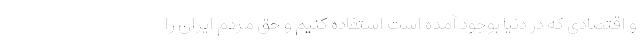
و اقتصادی که در دنیا بوجود آمده است استفاده کنیم و حق مردم ایران را